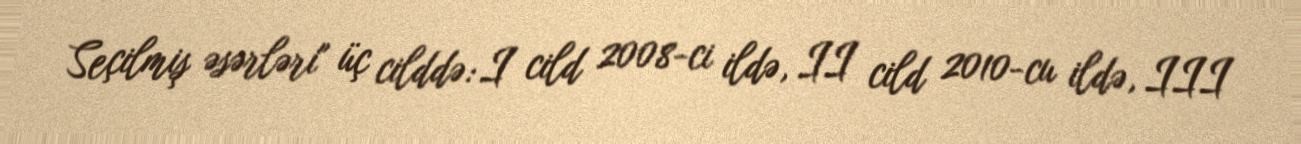
Seçilmiş əsərləri" üç cilddə: I cild 2008-ci ildə, II cild 2010-cu ildə, III